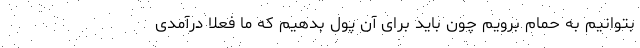
بتوانیم به حمام برویم چون باید برای آن پول بدهیم که ما فعلا درآمدی